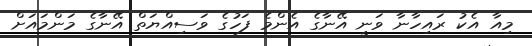
މިއާ އެކު ރައިހާނާ ވަނީ އޭނާގެ އެންމެ ފަހުގެ ވަސިއްޔަތް އޭނާގެ މަންމައަށް